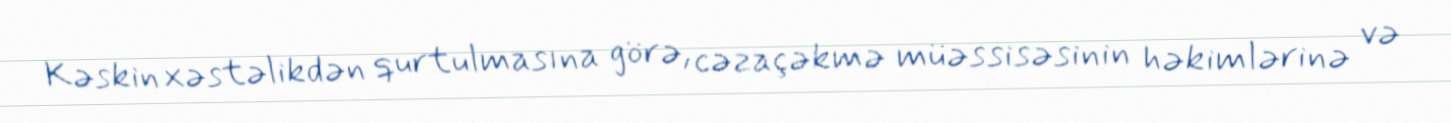
Kəskin xəstəlikdən qurtulmasına görə, cəzaçəkmə müəssisəsinin həkimlərinə və